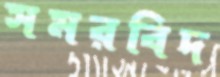
সমরবিদ